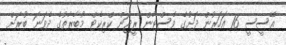
އޭސީސީ 16 އަހަރުން ދަށުގެ ވެސްޓާން ރީޖަން ކްރިކެޓް މުބާރާތުގެ ދެވަނަ ބުރަށް